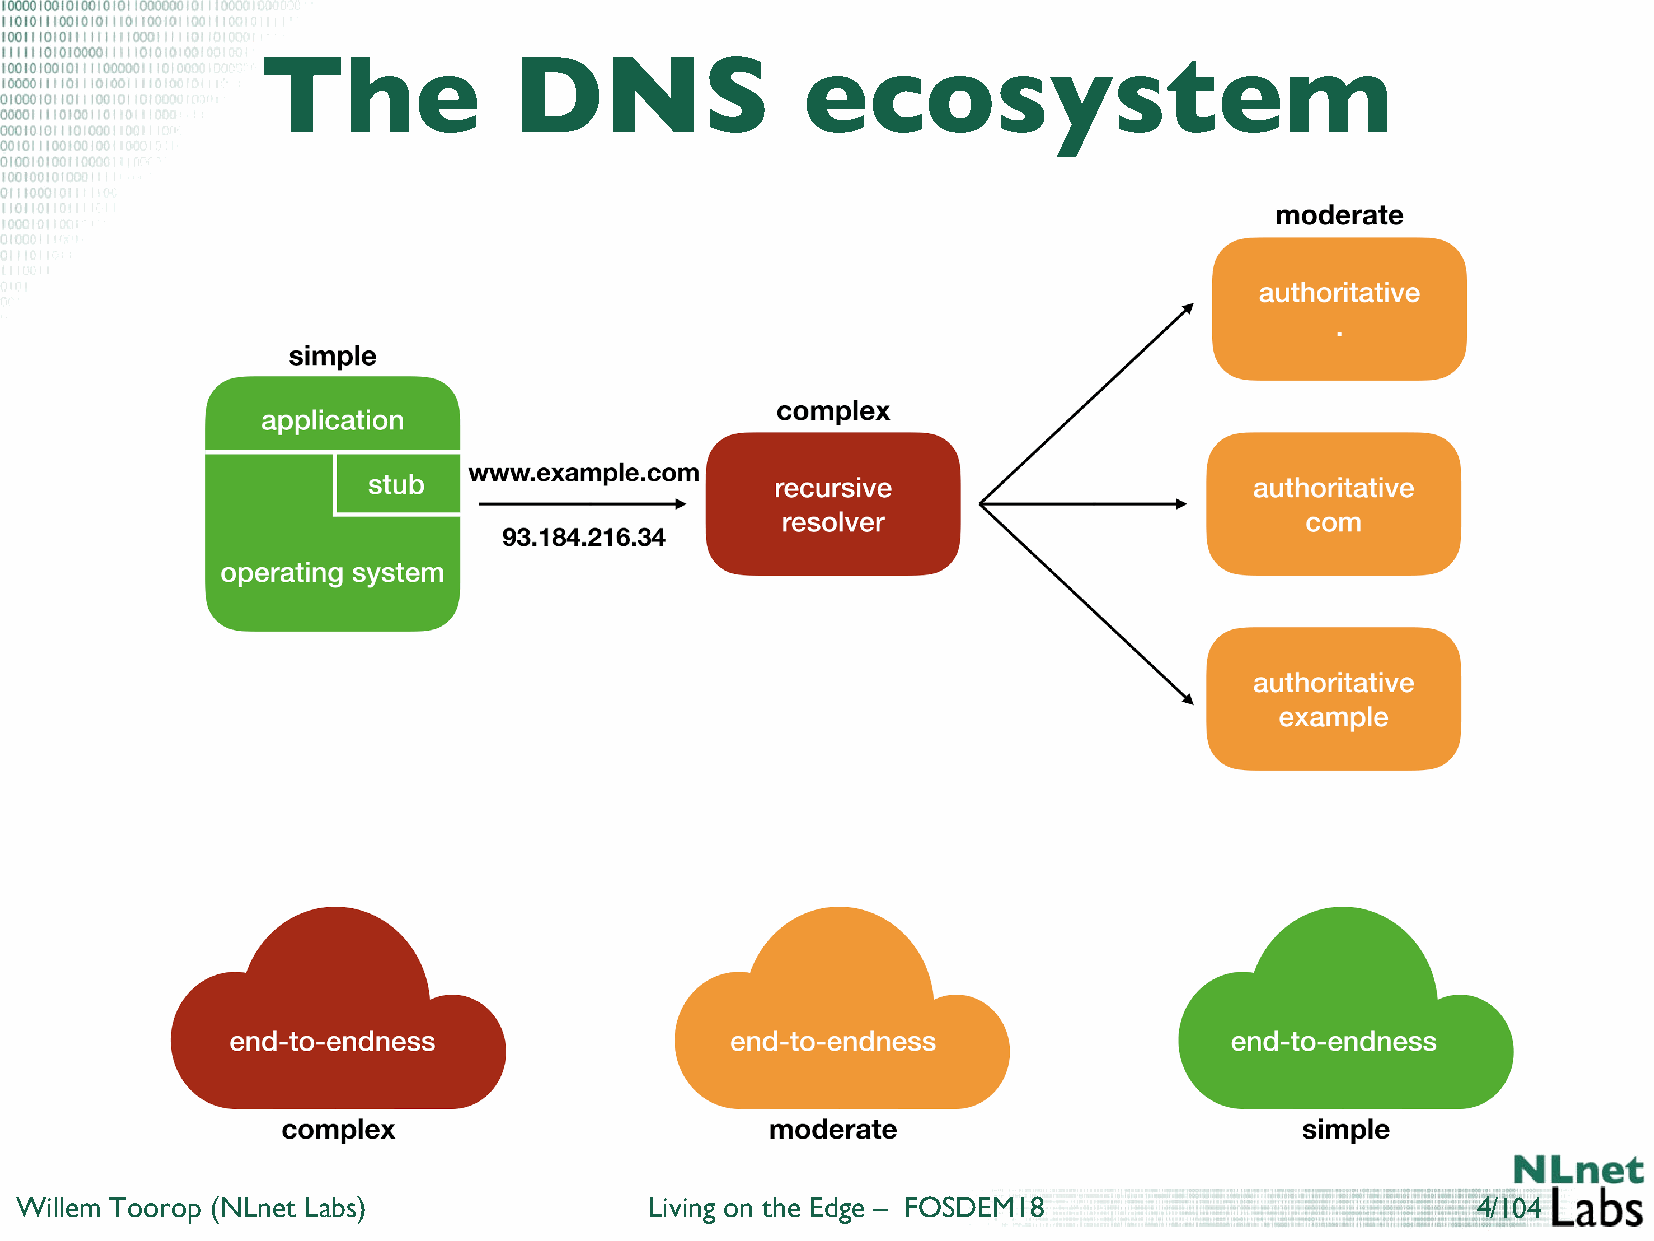
The              DNS                ecosystem
 Willem Toorop (NLnet Labs)                Living on the Edge – FOSDEM18                          4/104